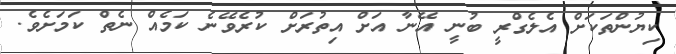
ކިޔުންތަކަށް އެލެގްރީ ބުނީ އޭނާ އަށް އިތުރަށް ކުރެވޭނެ ކަމެއް ނެތް ކަމަށެވެ.